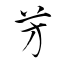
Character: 芳